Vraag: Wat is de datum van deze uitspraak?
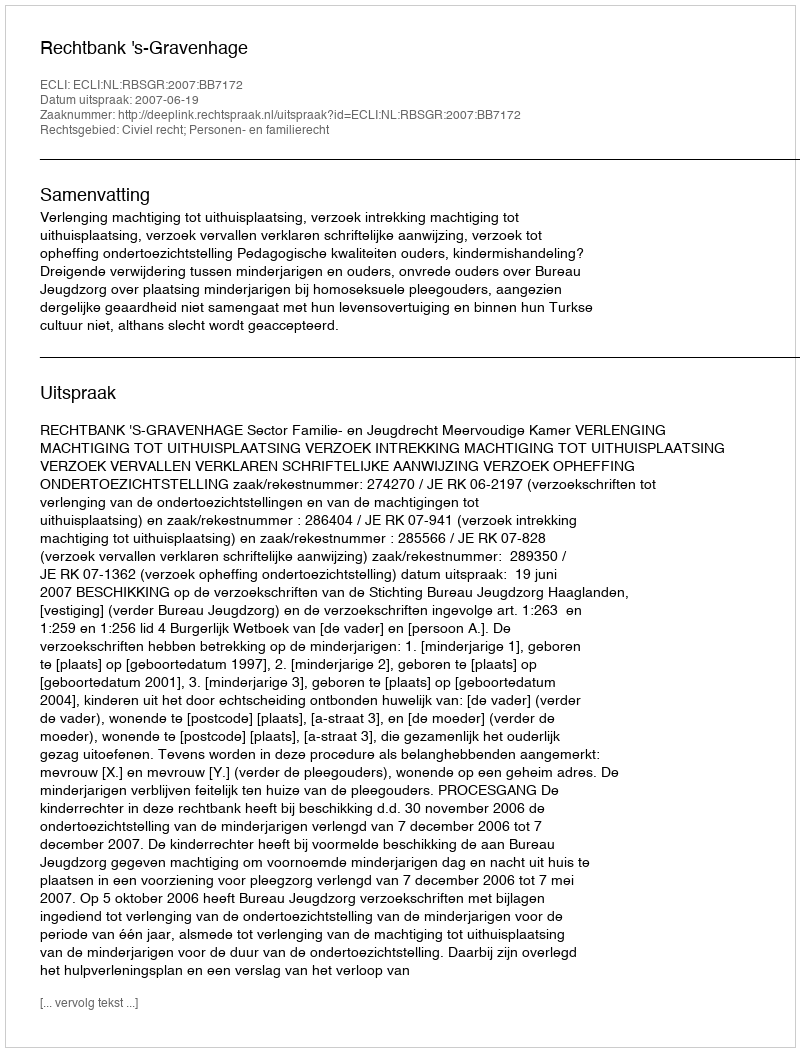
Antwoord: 2007-06-19